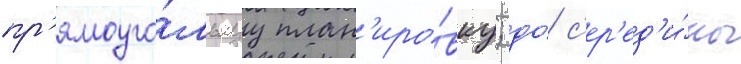
пр'ямоуго́льнуу план'иро́вку; до́ с'ер'ед'и́ны